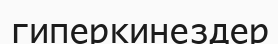
гиперкинездер